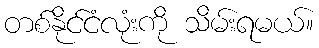
တစ်နိုင်ငံလုံးကို သိမ်းရမယ်။